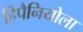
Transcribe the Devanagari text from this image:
हिपैनियोला